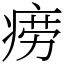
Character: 痨